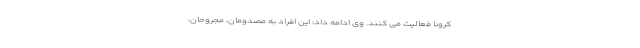
کرونا فعالیت می کنند. وی ادامه داد: این افراد به مصدومان، مجروحان،